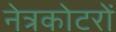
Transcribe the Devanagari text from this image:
नेत्रकोटरों